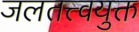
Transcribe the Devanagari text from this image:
जलतत्त्वयुक्त